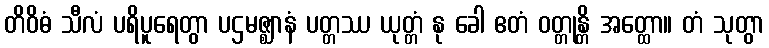
တိဝိဓံ သီလံ ပရိပူရေတွာ ပဌမဇ္ဈာနံ ပတ္တဿ ယုတ္တံ နု ခေါ ဧတံ ဝတ္တုန္တိ အတ္ထော။ တံ သုတွာ